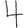
Digit: 4